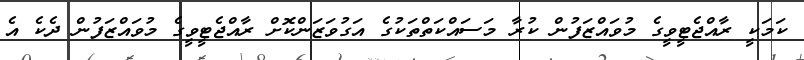
ކަމަކީ ރާއްޖެޓީވީގެ މުވައްޒަފުން ކުރާ މަސައްކަތްތަކުގެ އަގުވަޒަންކޮށް ރާއްޖެޓީވީގެ މުވައްޒަފުން ދެކެ އެ